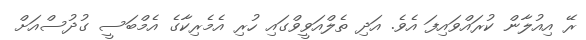
ރޭ އިއުލާން ކުރައްވައިފަ އެވެ. އަދި ތެލްއަވީވްގައި ހުރި އެމެރިކާގެ އެމްބަސީ ގުދުސްއަށް